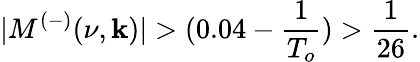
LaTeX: |M^{(-)}(\nu,\mathbf{k})|>(0.04-\frac{{1}}{{T_{o}}})>\frac{{1}}{{26}}.